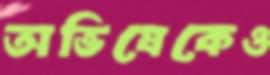
অভিষেকেও